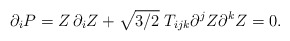
\begin{align*}\partial _i P = Z \, \partial _i Z + \sqrt {3/ 2} \; T_{ijk}\partial ^j Z\partial ^k Z=0.\end{align*}